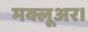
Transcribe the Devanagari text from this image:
मक्लूअर।